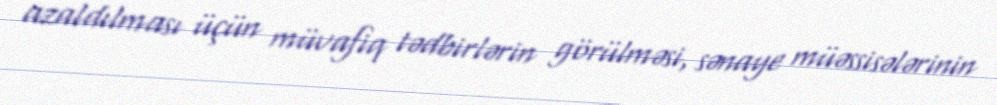
azaldılması üçün müvafiq tədbirlərin görülməsi, sənaye müəssisələrinin